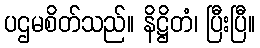
ပဌမစိတ်သည်။ နိဋ္ဌိတံ၊ ပြီးပြီ။